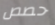
حصص